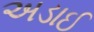
અડાઈ